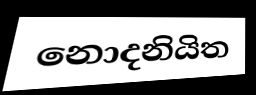
නොදනියිත